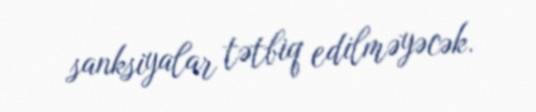
sanksiyalar tətbiq edilməyəcək.